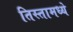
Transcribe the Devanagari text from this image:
तिस्तामध्ये